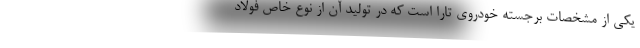
یکی از مشخصات برجسته خودروی تارا است که در تولید آن از نوع خاص فولاد